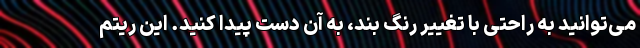
می‌توانید به راحتی با تغییر رنگ بند، به آن دست پیدا کنید. این ریتم